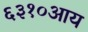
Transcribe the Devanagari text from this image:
६३१०आय